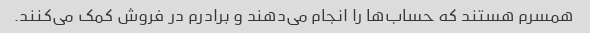
همسرم هستند که حساب‌ها را انجام می‌دهند و برادرم در فروش کمک می‌کنند.